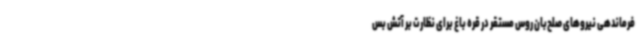
فرماندهی نیروهای صلح‌بان روس مستقر در قره باغ برای نظارت بر آتش بس